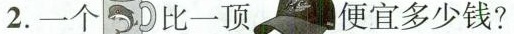
2.一个比一顶便宜多少钱?